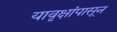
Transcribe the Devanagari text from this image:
यावृक्षांपासून